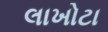
લાખોટા